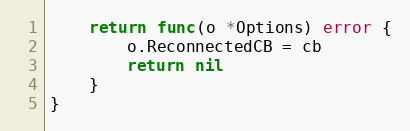
Language: Go
	return func(o *Options) error {
		o.ReconnectedCB = cb
		return nil
	}
}